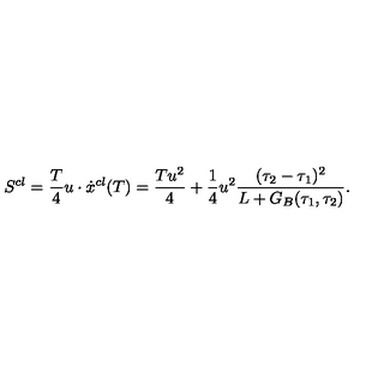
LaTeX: S ^ { c l } = { \frac { T } { 4 } } u \cdot \dot { x } ^ { c l } ( T ) = \frac { T u ^ { 2 } } { 4 } + { \frac { 1 } { 4 } } u ^ { 2 } \frac { ( \tau _ { 2 } - \tau _ { 1 } ) ^ { 2 } } { L + G _ { B } ( \tau _ { 1 } , \tau _ { 2 } ) } .